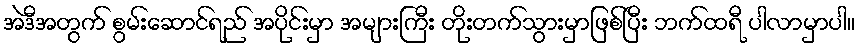
အဲဒီအတွက် စွမ်းဆောင်ရည် အပိုင်းမှာ အများကြီး တိုးတက်သွားမှာဖြစ်ပြီး ဘက်ထရီ ပါလာမှာပါ။